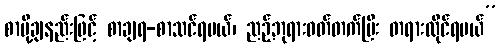
စာပို့ချနည်းဖြင့် စာချရ-စာသင်ရမယ်၊ ညဉ့်ဘုရားဝတ်တက်ပြီး တရားထိုင်ရမယ်”